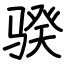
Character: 骙